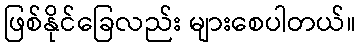
ဖြစ်နိုင်ခြေလည်း များစေပါတယ်။